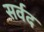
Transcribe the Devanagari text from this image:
सर्वद